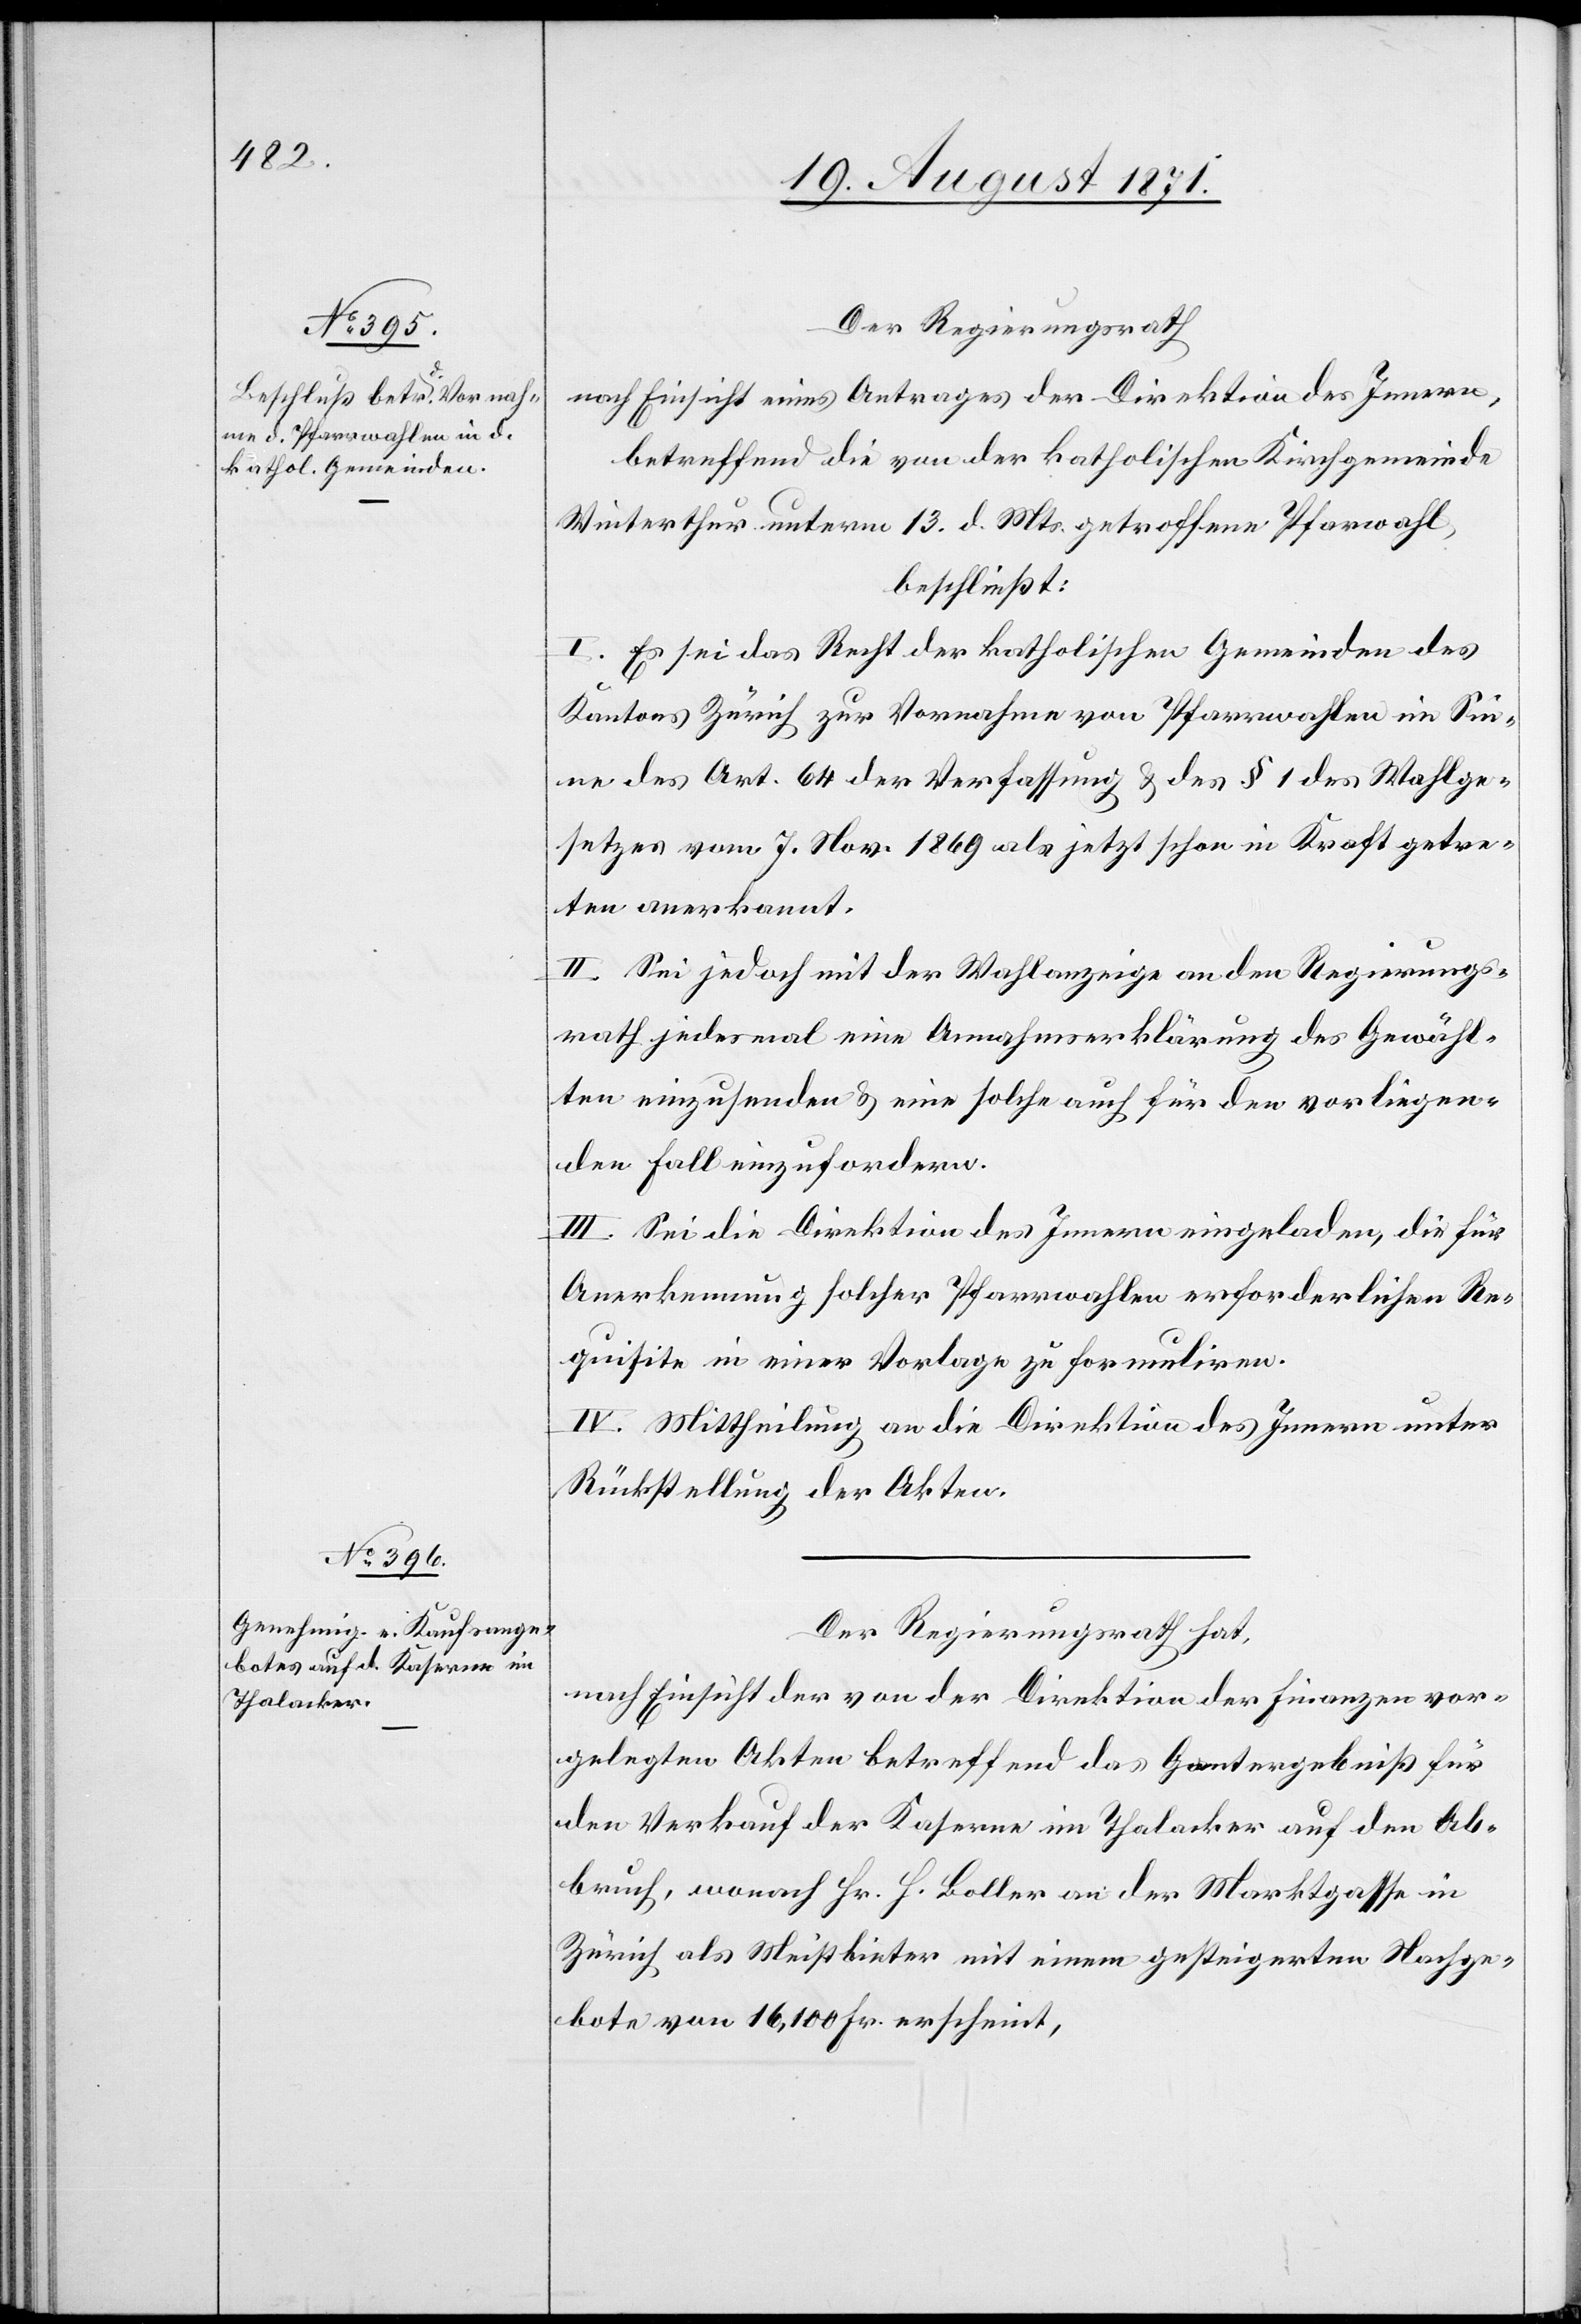
Der Regierungsrath
nach Einsicht eines Antrages der Direktion des Innern,
betreffend die von der katholischen Kirchgemeinde
Winterthur unterm 13. d. Mts. getroffene Pfarrwahl,
beschließt:
I. Es sei das Recht der katholischen Gemeinden des
Kantons Zürich zur Vornahme von Pfarrwahlen im Sin¬
ne des Art. 64 der Verfassung & des § 1 des Wahlge¬
setzes vom 7. Nov. 1869 als jetzt schon in Kraft getre¬
ten anerkannt.
II. Sei jedoch mit der Wahlanzeige an den Regierungs¬
rath jedes Mal eine Annahmserklärung des Gewähl¬
ten einzusenden & solche auch für den vorliegen¬
den Fall einzufordern.
III. Sei die Direktion des Innern eingeladen, die für
Anerkennung solcher Pfarrwahlen erforderlichen Re¬
quisiten in einer Vorlage zu formalisieren.
IV. Mittheilung an die Direktion des Innern unter
Rückstellung der Akten.
Der Regierungsrath hat,
nach Einsicht der von der Direktion der Finanzen vor¬
gelegten Akten betreffend das Gesamtergebniß für
den Verkauf der Kaserne im Thalacker auf den Ab¬
bruch, wonach Hr. H. Boller an der Marktgasse in
Zürich als Meistbieter mit einem gesteigerten Nachge¬
bote von 16,100 Fr. erscheint,